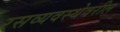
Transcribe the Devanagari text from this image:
रसव्यवस्थेवरील